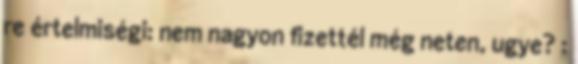
re értelmiségi: nem nagyon fizettél még neten, ugye? :